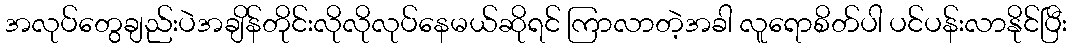
အလုပ်တွေချည်းပဲအချိန်တိုင်းလိုလိုလုပ်နေမယ်ဆိုရင် ကြာလာတဲ့အခါ လူရောစိတ်ပါ ပင်ပန်းလာနိုင်ပြီး